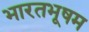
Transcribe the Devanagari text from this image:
भारतभूषम